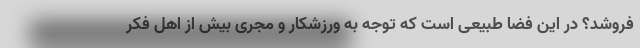
فروشد؟ در این فضا طبیعی است که توجه به ورزشکار و مجری بیش از اهل فکر